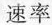
速率